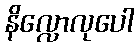
နိလ္လောလုပေါ